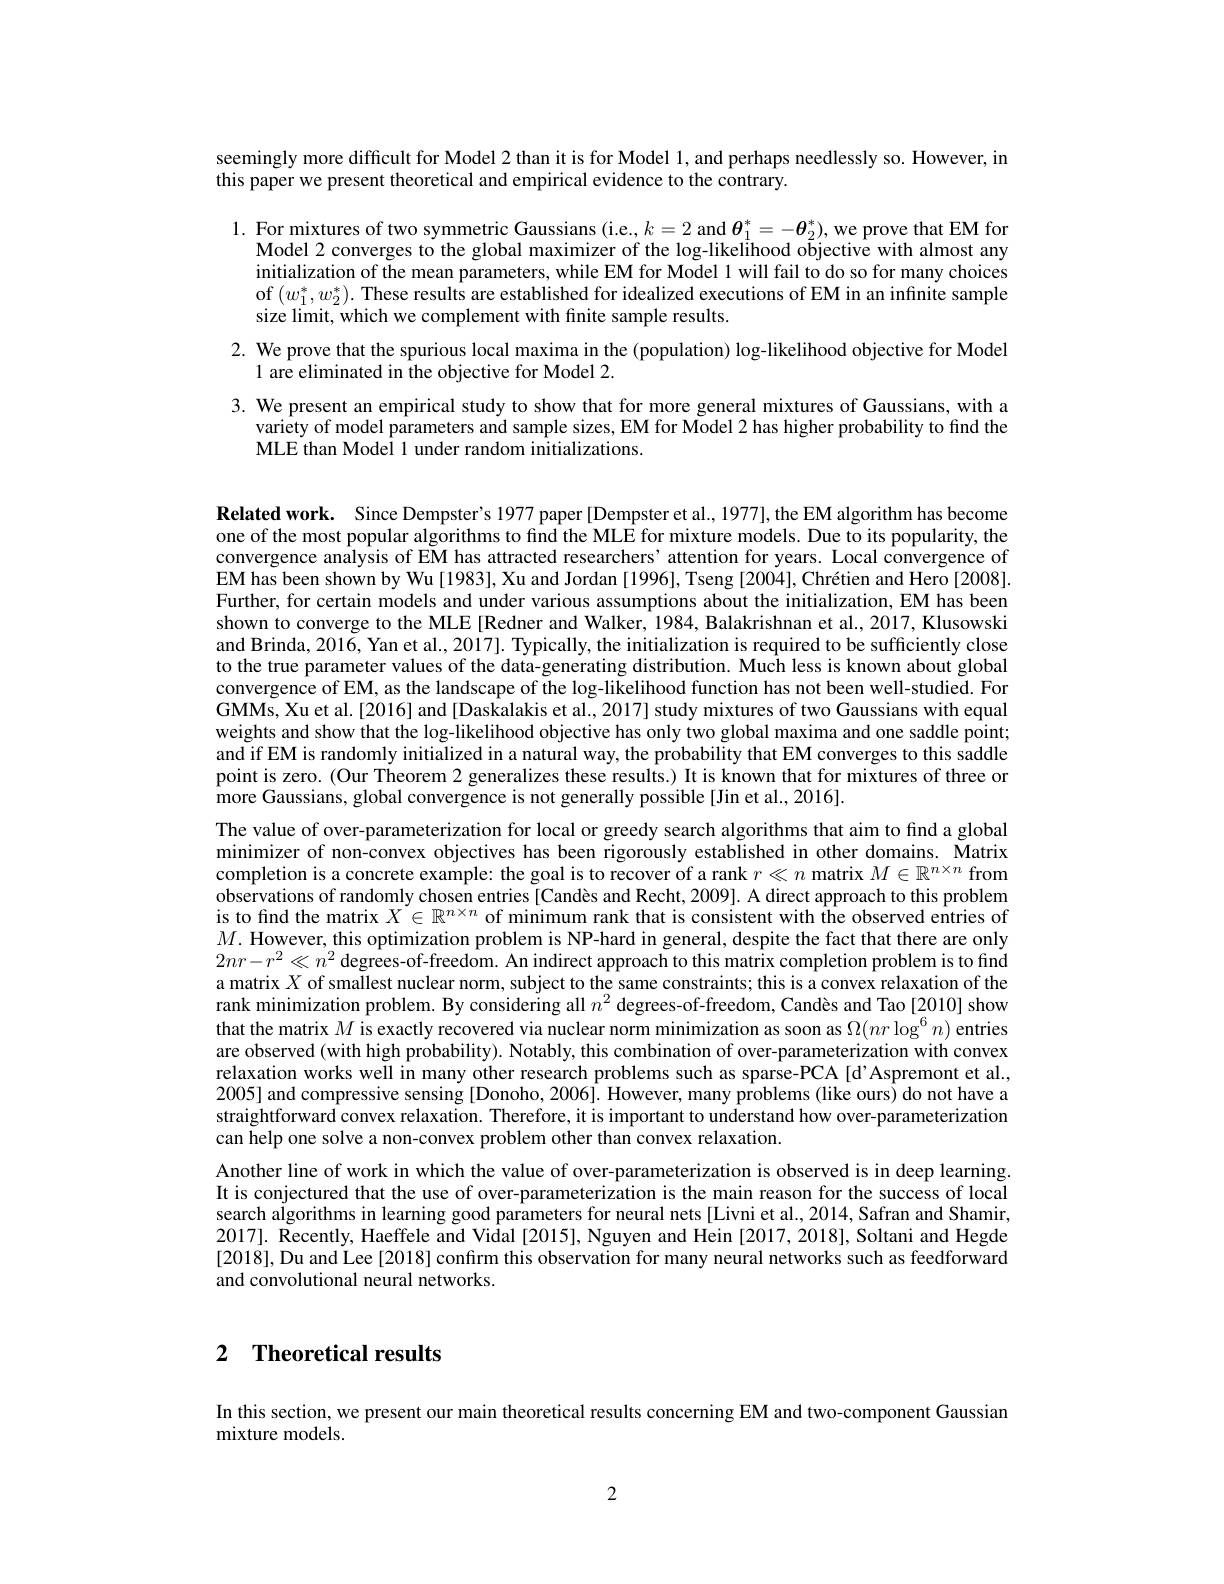
seemingly more difficult for Model 2 than it is for Model 1, and perhaps needlessly so. However, in
this paper we present theoretical and empirical evidence to the contrary.

1. For mixtures of two symmetric Gaussians (i.e., $k=2$ and $\boldsymbol{\theta}_1^*=-\boldsymbol{\theta}_2^*)$, we prove that EM for
Model 2 converges to the global maximizer of the log-likelihood objective with almost any initialization of the mean parameters, while EM for Model 1 will fail to do so for many choices of $(w_1^*,w_2^*).$ These results are established for idealized executions of EM in an infinite sample size limit, which we complement with finite sample results.

2. We prove that the spurious local maxima in the (population) log-likelihood objective for Model
1 are eliminated in the objective for Model 2.

3. We present an empirical study to show that for more general mixtures of Gaussians, with a
variety of model parameters and sample sizes, EM for Model 2 has higher probability to find the
MLE than Model 1 under random initializations.

Related work. Since Dempster's 1977 paper [Dempster et al., 1977],the EM algorithm has become one of the most popular algorithms to find the MLE for mixture models. Due to its popularity, the convergence analysis of EM has attracted researchers' attention for years. Local convergence of EM has been shown by Wu [1983], Xu and Jordan [1996], Tseng [2004], Chrétien and Hero [2008]. Further, for certain models and under various assumptions about the initialization, EM has been shown to converge to the MLE [Redner and Walker, 1984, Balakrishnan et al., 2017, Klusowski and Brinda, 2016, Yan et al., 2017]. Typically, the initialization is required to be sufficiently close to the true parameter values of the data-generating distribution. Much less is known about global convergence of EM, as the landscape of the log-likelihood function has not been well-studied. For GMMs, Xu et al.[2016] and [Daskalakis et al., 2017] study mixtures of two Gaussians with equal weights and show that the log-likelihood objective has only two global maxima and one saddle point; and if EM is randomly initialized in a natural way, the probability that EM converges to this saddle point is zero. (Our Theorem 2 generalizes these results.) It is known that for mixtures of three or more Gaussians, global convergence is not generally possible[Jin et al.,2016].
The value of over-parameterization for local or greedy search algorithms that aim to find a global minimizer of non-convex objectives has been rigorously established in other domains. Matrix completion is a concrete example: the goal is to recover of a rank $r\ll n$ matrix $M\in\mathbb{R}^n\times n$ from observations of randomly chosen entries [Candès and Recht, 2009]. A direct approach to this problem is to find the matrix $X\in\mathbb{R}^{n\times n}$ of minimum rank that is consistent with the observed entries of $M.$ However, this optimization problem is NP-hard in general, despite the fact that there are only $2nr-r^2\ll n^2\hat{\text{ degrees-of-freedom. An indirect approach to this matrix completion problem is to find}}$ a matrix $X$ of smallest nuclear norm, subject to the same constraints; this is a convex relaxation of the rank minimization problem. By considering all $n^2$ degrees-of-freedom, Candès and Tao[2010] show that the matrix $M$ is exactly recovered via nuclear norm minimization as soon as $\Omega(nr\log^6n)$ entries are observed (with high probability). Notably, this combination of over-parameterization with convex relaxation works well in many other research problems such as sparse-PCA [d'Aspremont et al., 2005] and compressive sensing [Donoho, 2006]. However, many problems (like ours) do not have a straightforward convex relaxation. Therefore, it is important to understand how over-parameterization can help one solve a non-convex problem other than convex relaxation.
Another line of work in which the value of over-parameterization is observed is in deep learning. It is conjectured that the use of over-parameterization is the main reason for the success of local search algorithms in learning good parameters for neural nets [Livni et al., 2014, Safran and Shamir, 2017]. Recently, Haeffele and Vidal [2015], Nguyen and Hein [2017,2018], Soltani and Hegde [2018], Du and Lee[2018] confırm this observation for many neural networks such as feedforward and convolutional neural networks.

2 Theoretical results

In this section, we present our main theoretical results concerning EM and two-component Gaussian
mixture models.

2